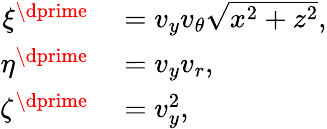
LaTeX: \begin{array}{rl}{\xi^{\dprime}}&{{}=v_{y}v_{\theta}\sqrt{x^{2}+z^{2}},}\\ {\eta^{\dprime}}&{{}=v_{y}v_{r},}\\ {\zeta^{\dprime}}&{{}=v_{y}^{2},}\end{array}